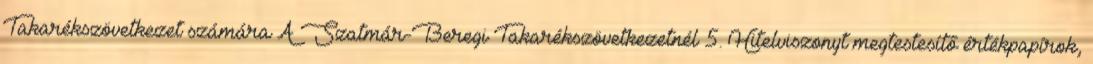
Takarékszövetkezet számára A Szatmár-Beregi Takarékszövetkezetnél 5. Hitelviszonyt megtestesítő értékpapírok,